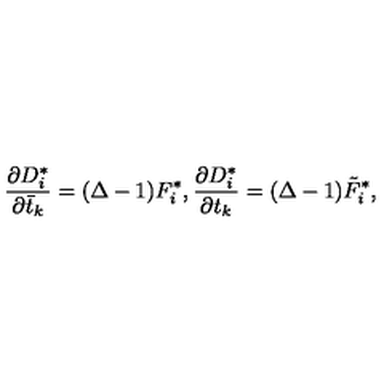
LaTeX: \frac { \partial D _ { i } ^ { * } } { \partial \bar { t } _ { k } } = ( \Delta - 1 ) F _ { i } ^ { * } , \frac { \partial D _ { i } ^ { * } } { \partial t _ { k } } = ( \Delta - 1 ) \tilde { F } _ { i } ^ { * } ,